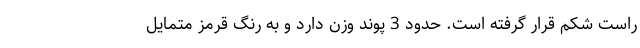
راست شکم قرار گرفته است. حدود 3 پوند وزن دارد و به رنگ قرمز متمایل